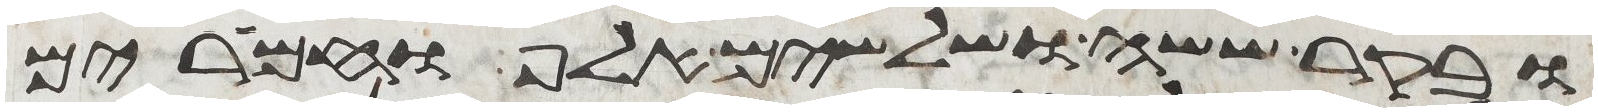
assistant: ובקר ששה ושלשים אלף וחמרים